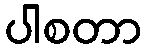
ပါစတာ